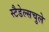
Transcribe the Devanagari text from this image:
स्टैडेल्सचुले